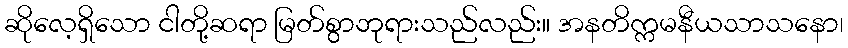
ဆိုလေ့ရှိသော ငါတို့ဆရာ မြတ်စွာဘုရားသည်လည်း။ အနတိက္ကမနီယသာသနော၊